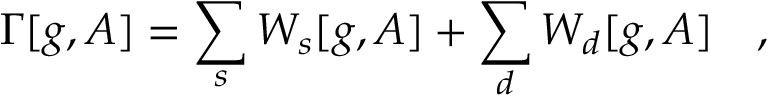
\Gamma [ g , A ] = \sum _ { s } W _ { s } [ g , A ] + \sum _ { d } W _ { d } [ g , A ] ~ ~ ~ ,